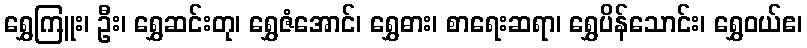
ရွှေကြူး၊ ဦး၊ ရွှေဆင်းတု၊ ရွှေဇံအောင်၊ ရွှေဓား၊ စာရေးဆရာ၊ ရွှေပိန်သောင်း၊ ရွှေဝယ်ဧ၊